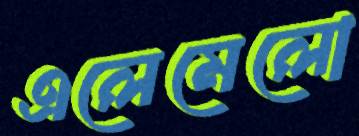
এলেমেলো